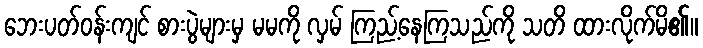
ဘေးပတ်ဝန်းကျင် စားပွဲများမှ မမကို လှမ် ကြည့်နေကြသည်ကို သတိ ထားလိုက်မိ၏။